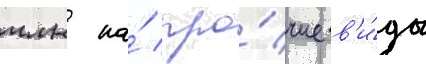
млн на́ про́чие в'и́ды